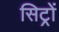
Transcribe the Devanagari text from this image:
सिट्रों